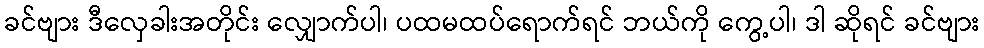
ခင်ဗျား ဒီလှေခါးအတိုင်း လျှောက်ပါ၊ ပထမထပ်ရောက်ရင် ဘယ်ကို ကွေ့ပါ၊ ဒါ ဆိုရင် ခင်ဗျား